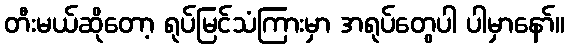
တီးမယ်ဆိုတော့ ရုပ်မြင်သံကြားမှာ အရုပ်တွေပါ ပါမှာနော်။